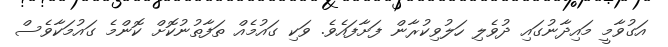
އަގުވާމީ މައިދާނުގައި ދުވެލި ހަލުވިކުރާން ފަށާފައެވެ. ވަކި ގައުމެއް ތަފާތުނުކޮށް ކޮންމެ ގައުމަކާވެސް